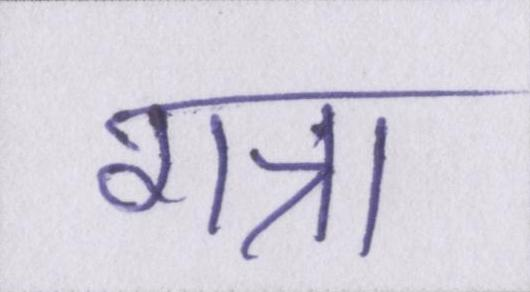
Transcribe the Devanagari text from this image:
गन्ना